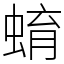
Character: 蜟